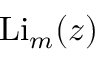
\operatorname { L i } _ { m } ( z )